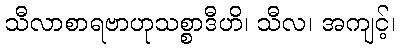
သီလာစာရဗာဟုသစ္စာဒီဟိ၊ သီလ၊ အကျင့်၊